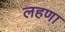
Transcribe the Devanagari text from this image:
लहणा